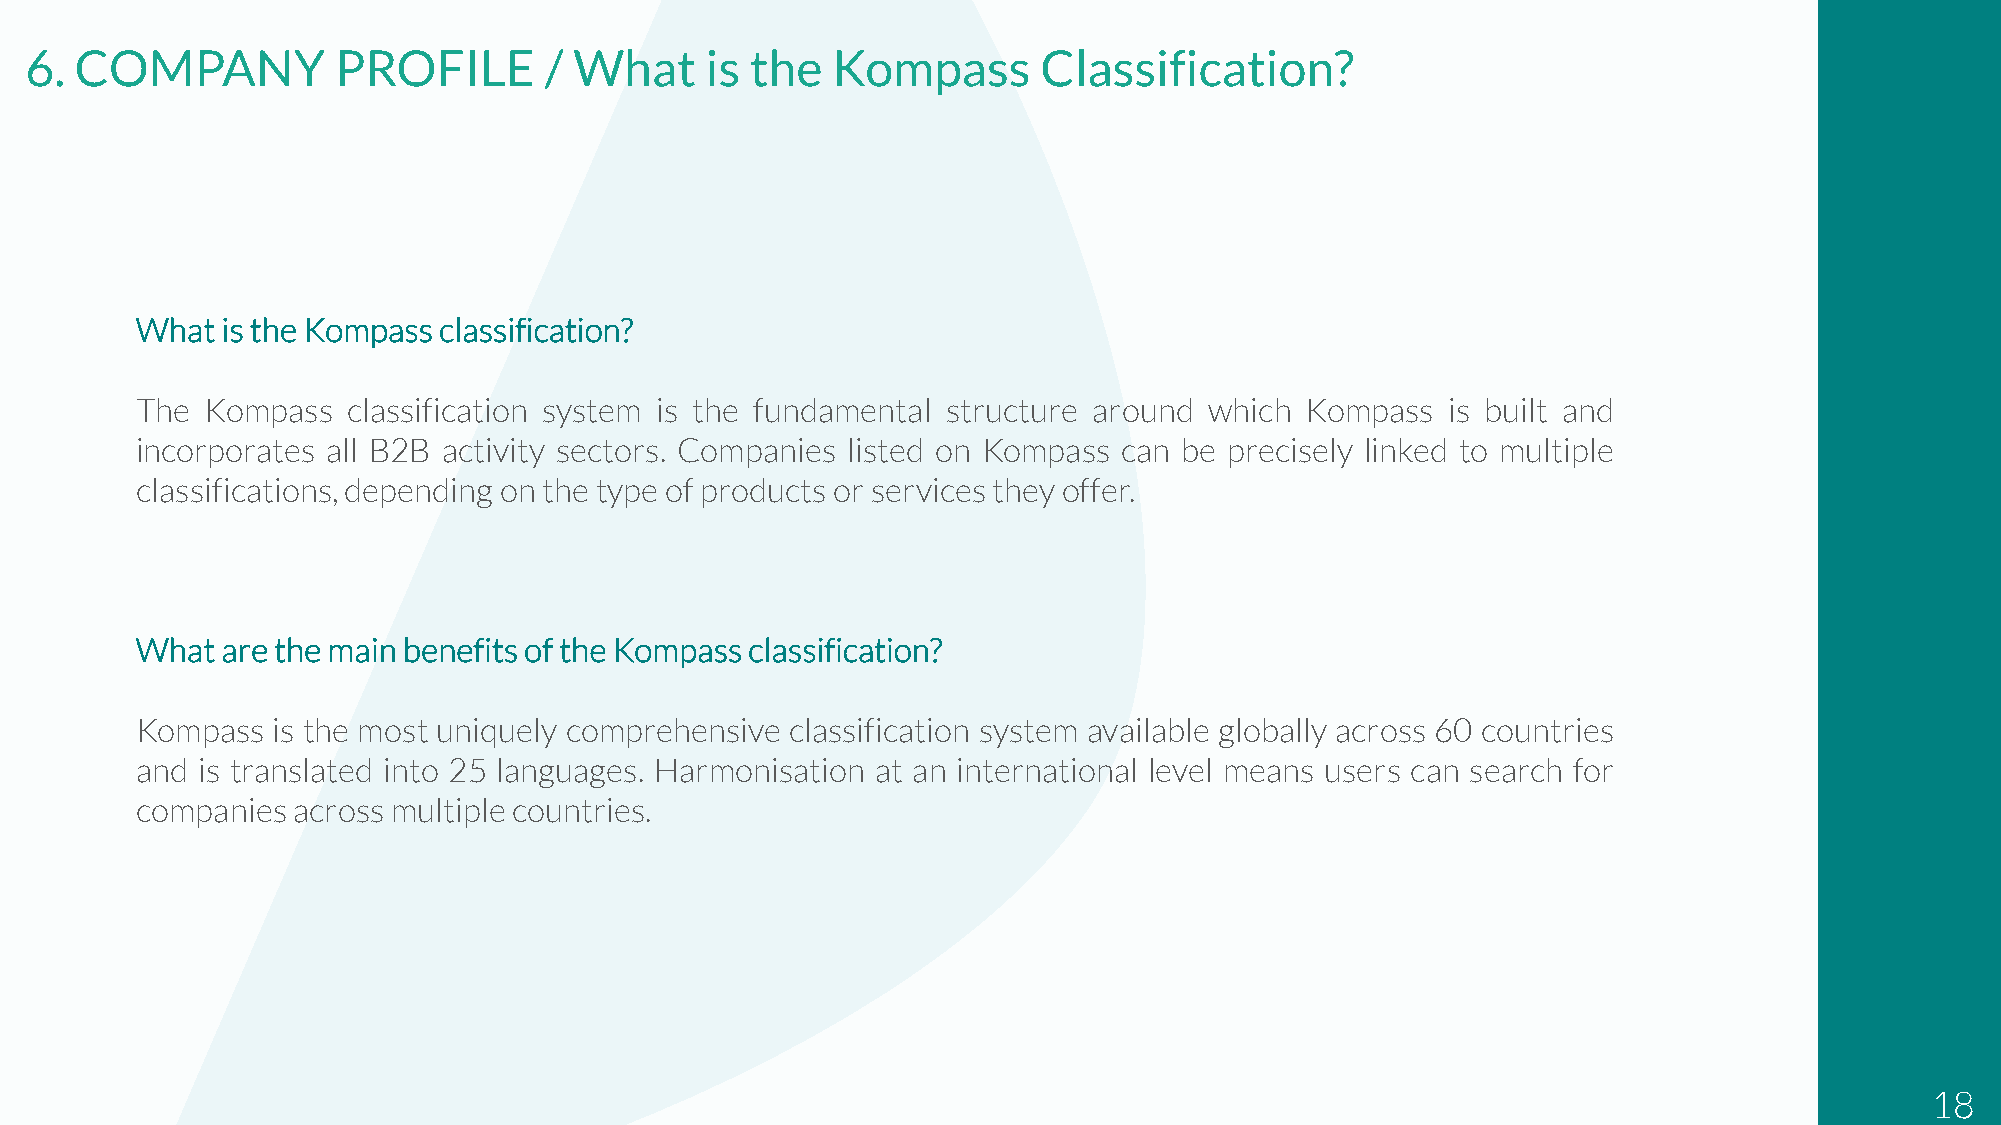
6. COMPANY          PROFILE       / What     is the  Kompass       Classification?
 Whatisthe  Kompassclassification?
 The  Kompass  classification system is the fundamental structure around which Kompass  is built and
 incorporates all B2B activity sectors. Companies listed on Kompass can be precisely linked to multiple
 classifications,depending on the type of products or servicesthey offer.
 Whatarethe   mainbenefitsof theKompassclassification?
 Kompass  is the most uniquely comprehensive classification system available globally across 60 countries
 and is translated into 25 languages. Harmonisation at an international level means users can search for
 companiesacross  multiplecountries.
 18